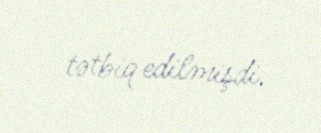
tətbiq edilmişdi.